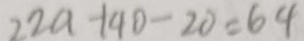
2 2 a - 1 4 0 - 2 0 = 6 4